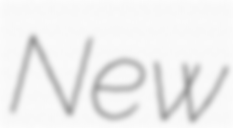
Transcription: New